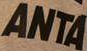
ANTA